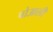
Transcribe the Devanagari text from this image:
पोआली